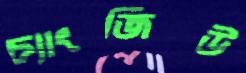
চ্যাংজিউ